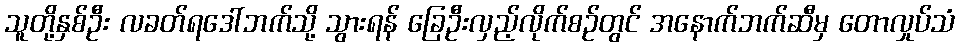
သူတို့နှစ်ဦး လခတ်ရဒေါ်ဘက်သို့ သွားရန် ခြေဦးလှည့်လိုက်စဉ်တွင် အနောက်ဘက်ဆီမှ တောလှုပ်သံ